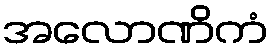
အလောဏိကံ